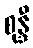
စုန္ဒီ